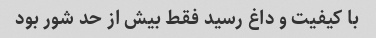
با کیفیت و داغ رسید فقط بیش از حد شور بود